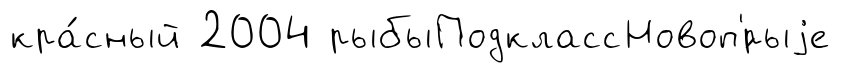
кра́сный 2004 рыбыПодклассНовоп'́рыjе